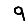
Digit: 9